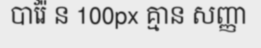
បារ៉ែ ន 100px គ្មាន សញ្ញា